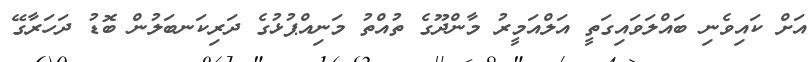
އަށް ކައިވެނި ބައްލަވައިގަތީ އަލްއަމީރު މާންދޫގެ ތުއްތު މަނިއްޕުޅުގެ ދަރިކަނބަލުން ބޮޑު ދަހަރާގޭ